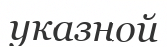
указной